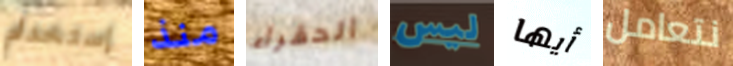
إستخدام منذ الحقراء ليس أيها نتعامل